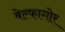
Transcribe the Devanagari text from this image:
बेल्फागोर